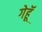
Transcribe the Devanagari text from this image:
गेहूॅ